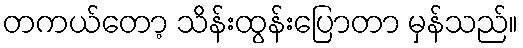
တကယ်တော့ သိန်းထွန်းပြောတာ မှန်သည်။